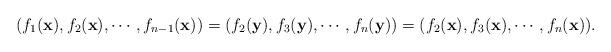
LaTeX: \begin{align*} (f_1(\mathbf{x}),f_2(\mathbf{x}),\cdots,f_{n-1}(\mathbf{x}))=(f_2(\mathbf{y}),f_3(\mathbf{y}),\cdots,f_n(\mathbf{y}))=(f_2(\mathbf{x}),f_3(\mathbf{x}),\cdots,f_n(\mathbf{x})).\end{align*}